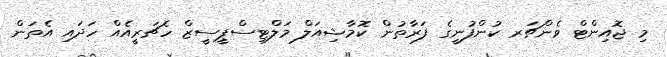
މި ޖޮއިންޓް ވެންޗަރ ކުންފުނީގެ ފަރާތުން ކޮމާޝިއަލް މަލްޓިސްޕީސީޒް ހެޗަރީއެއް ހަދައި އެތަން